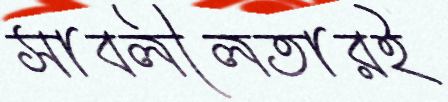
সাবলীলতারই